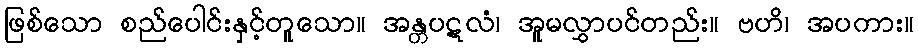
ဖြစ်သော စည်ပေါင်းနှင့်တူသော။ အန္တပဋလံ၊ အူမလွှာပင်တည်း။ ဗဟိ၊ အပကား။